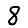
Digit: 8